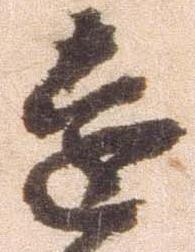
遠